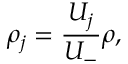
\rho _ { j } = \frac { U _ { j } } { U _ { - } } \rho ,